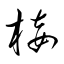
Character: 椄